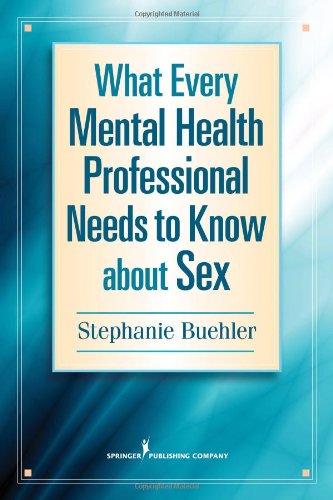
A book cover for What Every Mental Health Professional Needs to Know About Sex; Stephanie Buehler; Medical Books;